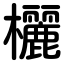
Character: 欐